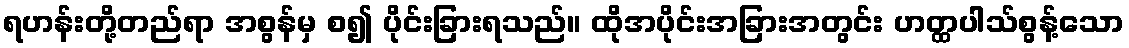
ရဟန်းတို့တည်ရာ အစွန်မှ စ၍ ပိုင်းခြားရသည်။ ထိုအပိုင်းအခြားအတွင်း ဟတ္ထပါသ်စွန့်သော